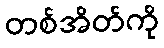
တစ်အိတ်ကို